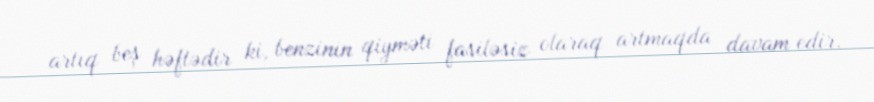
artıq beş həftədir ki, benzinin qiyməti fasiləsiz olaraq artmaqda davam edir.